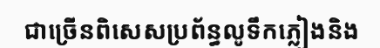
ជាច្រើនពិសេសប្រព័ន្ធលូទឹកភ្លៀងនិង